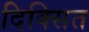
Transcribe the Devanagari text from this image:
दिक्सित